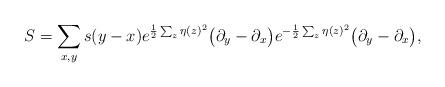
LaTeX: \begin{align*}S = \sum_{x,y } s(y-x) e^{\frac{1}{2} \sum_z \eta(z)^2} \big(\partial_y -\partial_x\big) e^{-\frac{1}{2} \sum_z \eta(z)^2} \big(\partial_y-\partial_x\big),\end{align*}